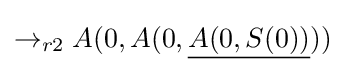
\rightarrow _{r2}A(0,A(0,{\underline {A(0,S(0))}}))